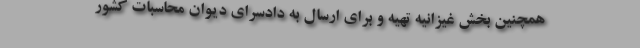
همچنین بخش غیزانیه تهیه و برای ارسال به دادسرای دیوان محاسبات کشور